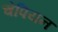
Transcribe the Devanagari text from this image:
चेंपियन